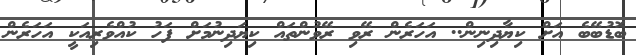
ބޮޑުބޭބެ އަށް ކިޔާދިނިން.. އަހަރެން ރޭވި ރޭވުންތައް ކިޔަދިނުމަށް ފަހު ކުއްވެރިއަކީ އަހަރެން